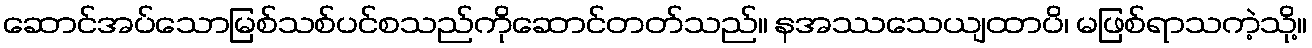
ဆောင်အပ်သောမြစ်သစ်ပင်စသည်ကိုဆောင်တတ်သည်။ နအဿသေယျထာပိ၊ မဖြစ်ရာသကဲ့သို့။